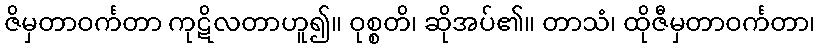
ဇိမှတာဝင်္ကတာ ကုဋိလတာဟူ၍။ ဝုစ္စတိ၊ ဆိုအပ်၏။ တာသံ၊ ထိုဇီမှတာဝင်္ကတာ၊